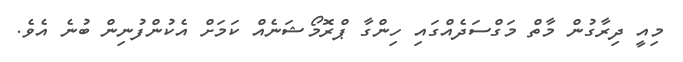
މިއީ ދިރާގުން މާތް މަގްސަދެއްގައި ހިންގާ ޕްރޮމޯޝަނެއް ކަމަށް އެކުންފުނިން ބުނެ އެވެ.